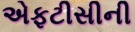
એફટીસીની